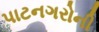
પાટનગરોની